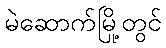
မဲဆောက်မြို့တွင်